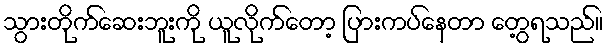
သွားတိုက်ဆေးဘူးကို ယူလိုက်တော့ ပြားကပ်နေတာ တွေ့ရသည်။